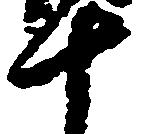
十